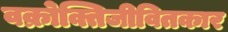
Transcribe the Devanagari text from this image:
वक्रोक्तिजीवितकार